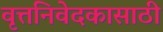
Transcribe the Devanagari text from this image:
वृत्तनिवेदकासाठी